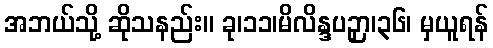
အဘယ်သို့ ဆိုသနည်း။ ခု၊၁၁၊မိလိန္ဒပဉှာ၊၃၆၊ မှယူရန်